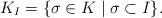
LaTeX: \begin{align*} K_I=\{\sigma\in K\mid\sigma\subset I\}. \end{align*}